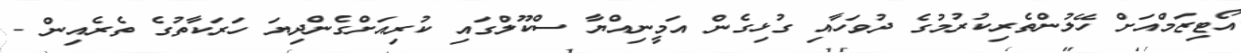
އޯޓިޒަމްއަށް ހޭލުންތެރިކުރުމުގެ ދުވަހާއި ގުޅިގެން އަމީނިއްޔާ ސްކޫލްގައި ކުރިއަށްގެންދިޔަ ހަރަކާތުގެ ތެރެއިން -